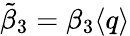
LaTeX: \tilde{\beta}_{3}=\beta_{3}\langle q\rangle